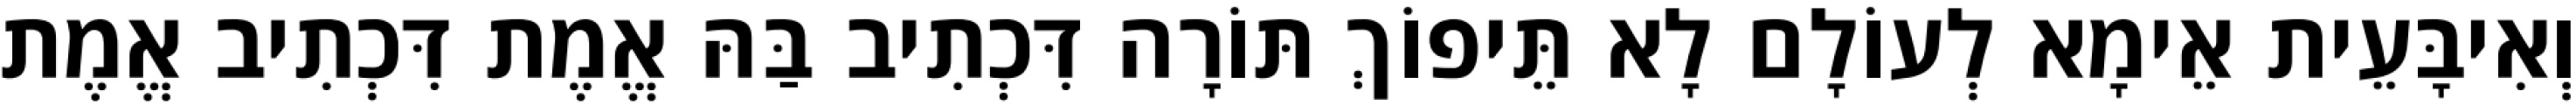
וְאִיבָּעֵית אֵימָא לְעוֹלָם לָא תֵּיפוֹךְ תּוֹרָה דִּכְתִיב בַּהּ אֱמֶת דִּכְתִיב אֱמֶת